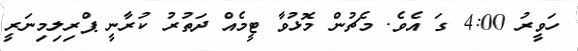
ހަވީރު 4:00 ގަ އެވެ. މެޗުން މޮޅުވާ ޓީމެއް ދަތުރު ކުރާނީ ޕްރިލިމިނަރީ